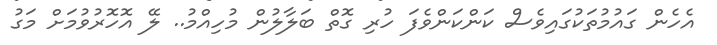
އެހެން ގައުމުތަކުގައިވެސް ކަންކަންވެފަ ހުރި ގޮތް ބަލާލުން މުހިއްމު.. ލޭ އޮހޮރުވުމަށް މަގު